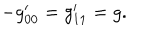
LaTeX: - g _ { 0 0 } ^ { \prime } = g _ { 1 1 } ^ { \prime } = g .